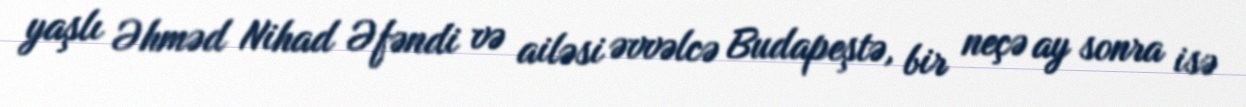
yaşlı Əhməd Nihad Əfəndi və ailəsi əvvəlcə Budapeştə, bir neçə ay sonra isə